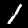
Digit: 1